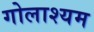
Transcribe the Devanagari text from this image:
गोलाश्यम